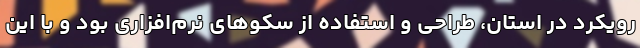
رویکرد در استان، طراحی و استفاده از سکوهای نرم‌افزاری بود و با این